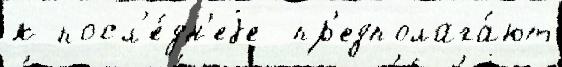
к посл'е́дн'еjе  пр'едполага́ют